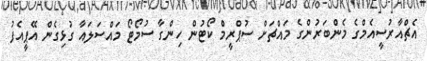
އެޗްއާރުސީއެމްގެ މެންބަރުންގެ މައްޗަށް ސުޕްރީމް ކޯޓުން ހިންގާ ސުމޯޓޯ މައްސަލައާ ގުޅިގެން އޭޕީއެފު